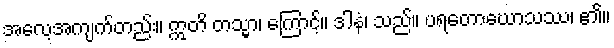
အလေ့အကျက်တည်း။ ဣတိ တသ္မာ၊ ကြောင့်။ ဒါနံ၊ သည်။ ပရတောဃောသဿ၊ ၏။